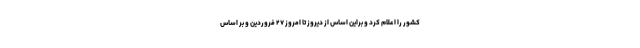
کشور را اعلام کرد و براین اساس از دیروز تا امروز ۲۷ فروردین و بر اساس